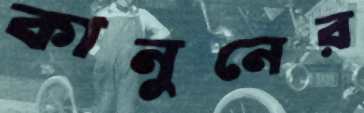
কানুনের